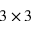
3 \times 3